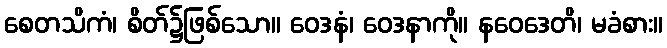
စေတသိကံ၊ စိတ်၌ဖြစ်သော။ ဝေဒနံ၊ ဝေဒနာကို။ နဝေဒေတိ၊ မခံစား။